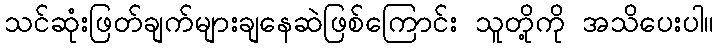
သင်ဆုံးဖြတ်ချက်များချနေဆဲဖြစ်ကြောင်း သူတို့ကို အသိပေးပါ။